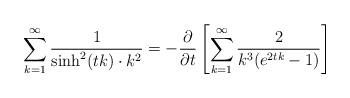
LaTeX: \begin{align*}\sum_{k=1}^{\infty} \frac 1{{\sinh}^2(tk)\cdot{k^2}}=-\frac{\partial}{\partial t}\left[\sum_{k=1}^\infty\frac 2{k^3(e^{2tk}-1)}\right]\end{align*}